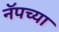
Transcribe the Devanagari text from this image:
नॅपच्या